Punjab Mental Hospital Lahore 1922-31 - 1922-1931
Year: 1922
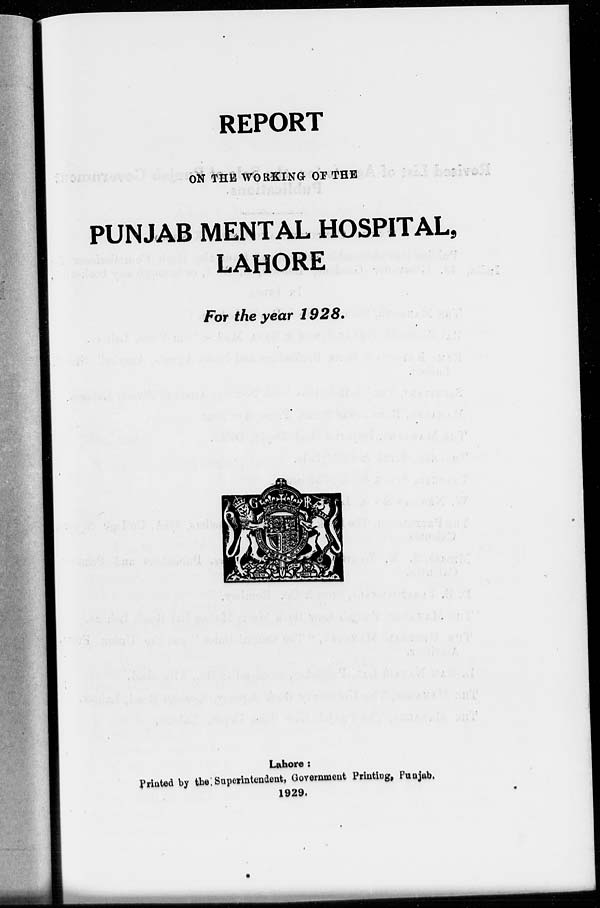
REPORT
ON THE WORKING OF THE
PUNJAB MENTAL HOSPITAL,
LAHORE
For the year 1928.
Lahore:
Printed by the Superintendent, Government Printing, Punjab.
1929.